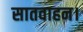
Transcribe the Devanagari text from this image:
सातवाहन।